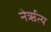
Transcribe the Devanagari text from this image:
नेर्ऋत्य